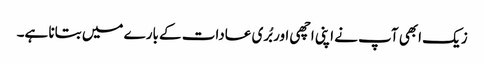
زیک ابھی آپ نے اپنی اچھی اور بُری عادات کے بارے میں بتانا ہے۔